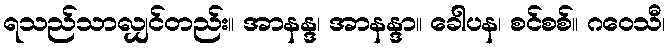
ရသည်သာလျှင်တည်း။ အာနန္ဒ၊ အာနန္ဒာ။ ခေါပန၊ စင်စစ်။ ဂဝေသီ၊